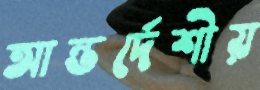
আন্তর্দেশীয়